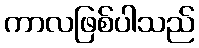
ကာလဖြစ်ပါသည်